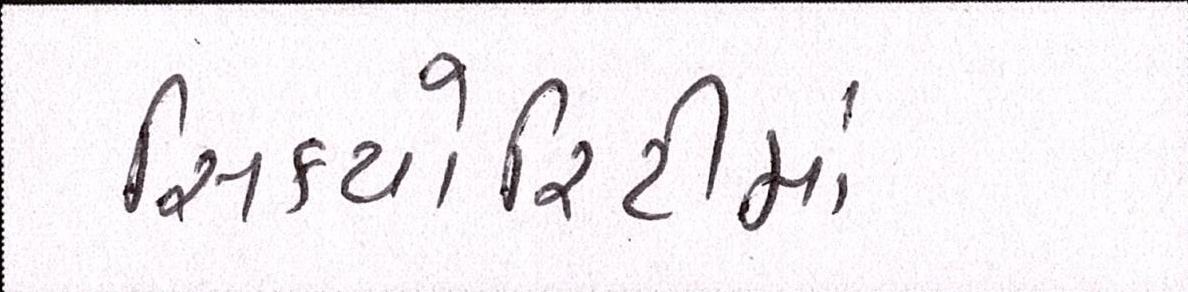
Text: સિક્યોરિટીમાં